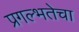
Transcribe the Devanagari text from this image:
प्रगल्‍भतेचा